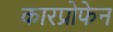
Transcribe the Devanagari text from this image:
कारप्रोफेन